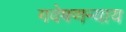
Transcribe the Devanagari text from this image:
गवेषणन्याय